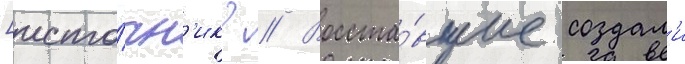
[исто́чн'ик? // Восста́вшие создал'и